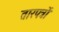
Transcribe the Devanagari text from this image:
तारपत्रों